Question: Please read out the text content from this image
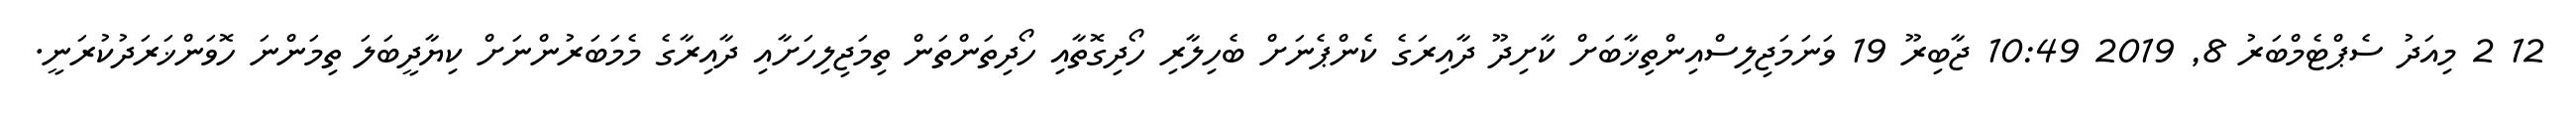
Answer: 12 2 މިއަދު ސެޕްޓެމްބަރު 8, 2019 10:49 ޖާބިރޫ 19 ވަނަމަޖިލިސްއިންތިޚާބަށް ކާށިދޫ ދާއިރަގެ ކެންޕެނަށް ބެހިލާރި ހޯދިގޮތާއި ހޯދިތަންތަން ތިމަޖިލިހަށާއި ދާއިރާގެ މެމަބަރުންނަށް ކިޔާދީބަލަ ތިމަންނަ ހޮވަންޚަރަދުކުރަނީ.